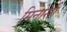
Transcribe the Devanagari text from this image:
मिनोसी